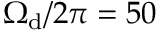
\Omega _ { \mathrm { d } } / 2 \pi = 5 0